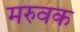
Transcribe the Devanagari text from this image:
मरुवक